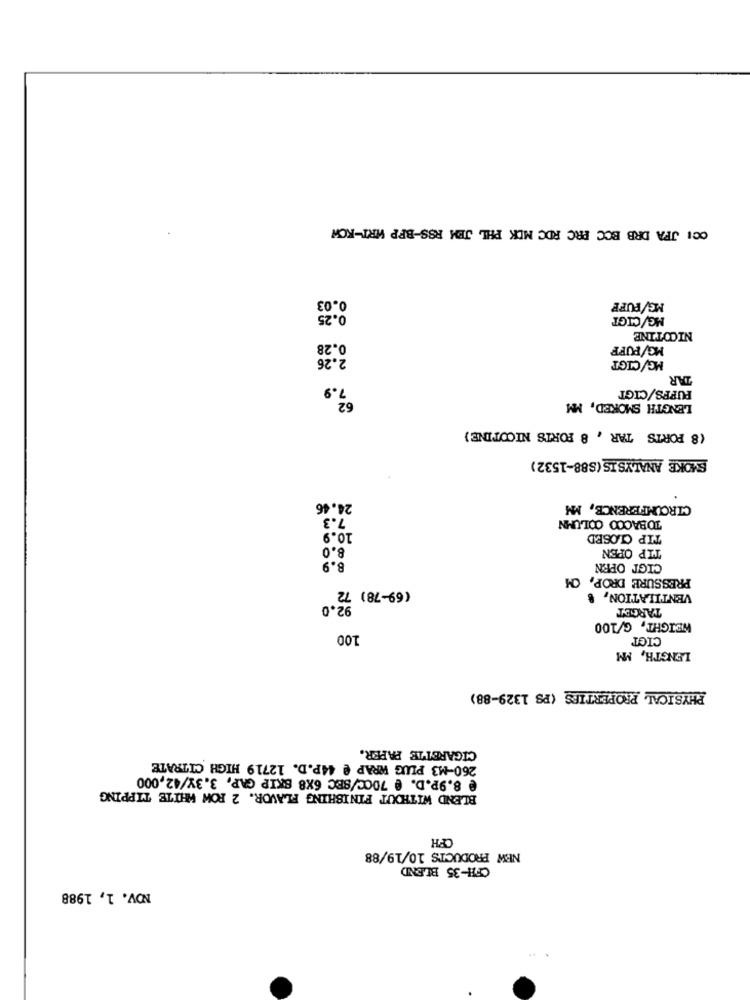
OCI JFA DRB BCC PRC RDC MDK PHL JEM RSS-BPP WRT-ROW
0.03
MG/FUFF
0.25
MG/CIGT
NICOTINE
0.28
MG/PUFF
2.26
MG/CIGT
TAR
7.9
PUFFS/CIGT
LENGTH SMOKED, MM
(8 PORTS TAR , 8 FORTS NICOTINE)
SMOKE ANALYSIS(S88-1532)
24.46
CIRCUMFERENCE, MM
7.3
TOBACCO COLUMN
10.9
TIP CLOSED
8.0
TIP OPEN
8.9
CIGT OPEN
PRESSURE DROP, OM
(69-78) 72
VENTILATION,
92.0
TARGET
WEIGHT, G/100
100
CIGT
LENGTH, MM
PHYSICAL PROPERTIES (PS 1329-88)
CIGARETTE PAPER.
260-M3 PLUG WRAP @ 44P.D. 12719 HIGH CITRATE
@ 8.9P.D. @ 700C/SEC 6X8 SKIP GAP, 3.3Y/42,000
BLEND WITHOUT FINISHING FLAVOR. 2 ROW WHITE TIPPING
CFH
NEW PRODUCTS 10/19/88
CFH-35 BLEND
NOV. 1, 1988